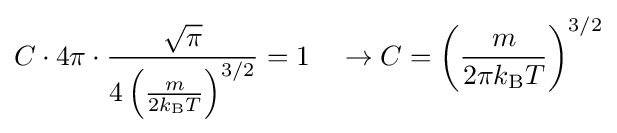
{\begin{aligned}C\cdot 4\pi \cdot {\frac {\sqrt {\pi }}{4\left({\frac {m}{2k_{\text{B}}T}}\right)^{3/2}}}=1\quad \rightarrow C=\left({\frac {m}{2\pi k_{\text{B}}T}}\right)^{3/2}\end{aligned}}